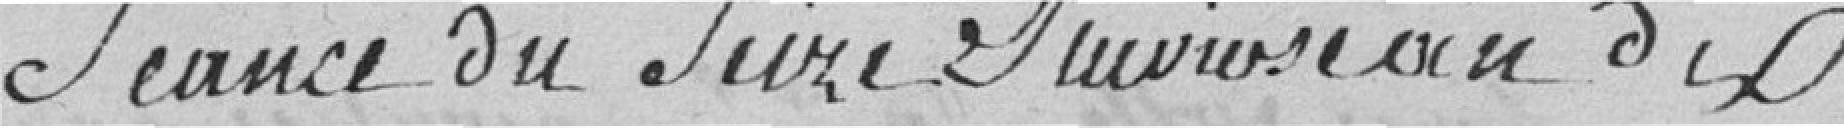
Séance du seize pluviôse an dix